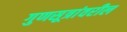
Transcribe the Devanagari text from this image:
गुणसूत्रांवरील